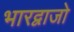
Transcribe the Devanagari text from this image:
भारद्वाजो